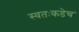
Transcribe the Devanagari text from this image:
स्वतःकडेच